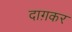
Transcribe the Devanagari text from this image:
दाग़कर